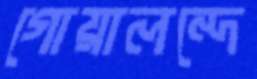
গোয়ালন্দে